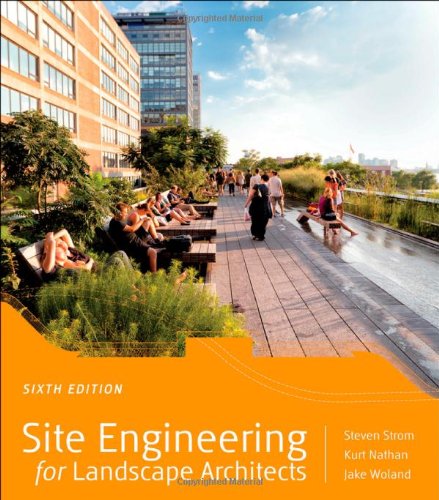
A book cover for Site Engineering for Landscape Architects; Steven Strom; Engineering & Transportation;